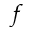
f